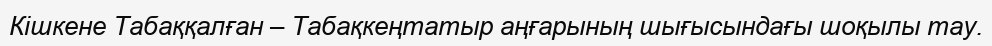
Кішкене Табаққалған – Табақкеңтатыр аңғарының шығысындағы шоқылы тау.